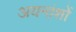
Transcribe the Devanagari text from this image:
अयनांशों